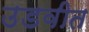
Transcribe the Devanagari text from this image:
उडवीत